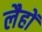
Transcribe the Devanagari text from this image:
लैहों